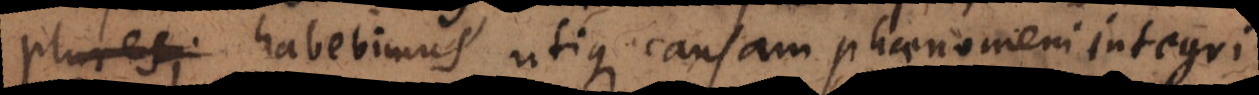
habebimus utique causam phaenomeni integri